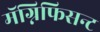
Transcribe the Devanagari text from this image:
मॅग्निफिसन्ट